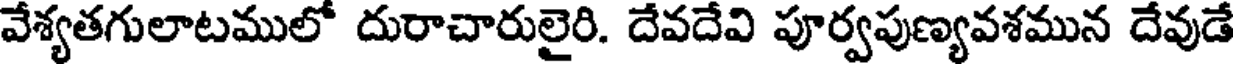
వేశ్యతగులాటములో దురాచారులైరి. దేవదేవి పూర్వపుణ్యవశమున దేవుడే